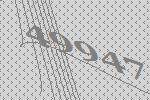
49947